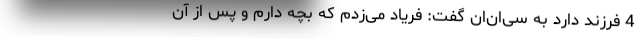
4 فرزند دارد به سی‌ان‌ان گفت: فریاد می‌زدم که بچه دارم و پس از آن